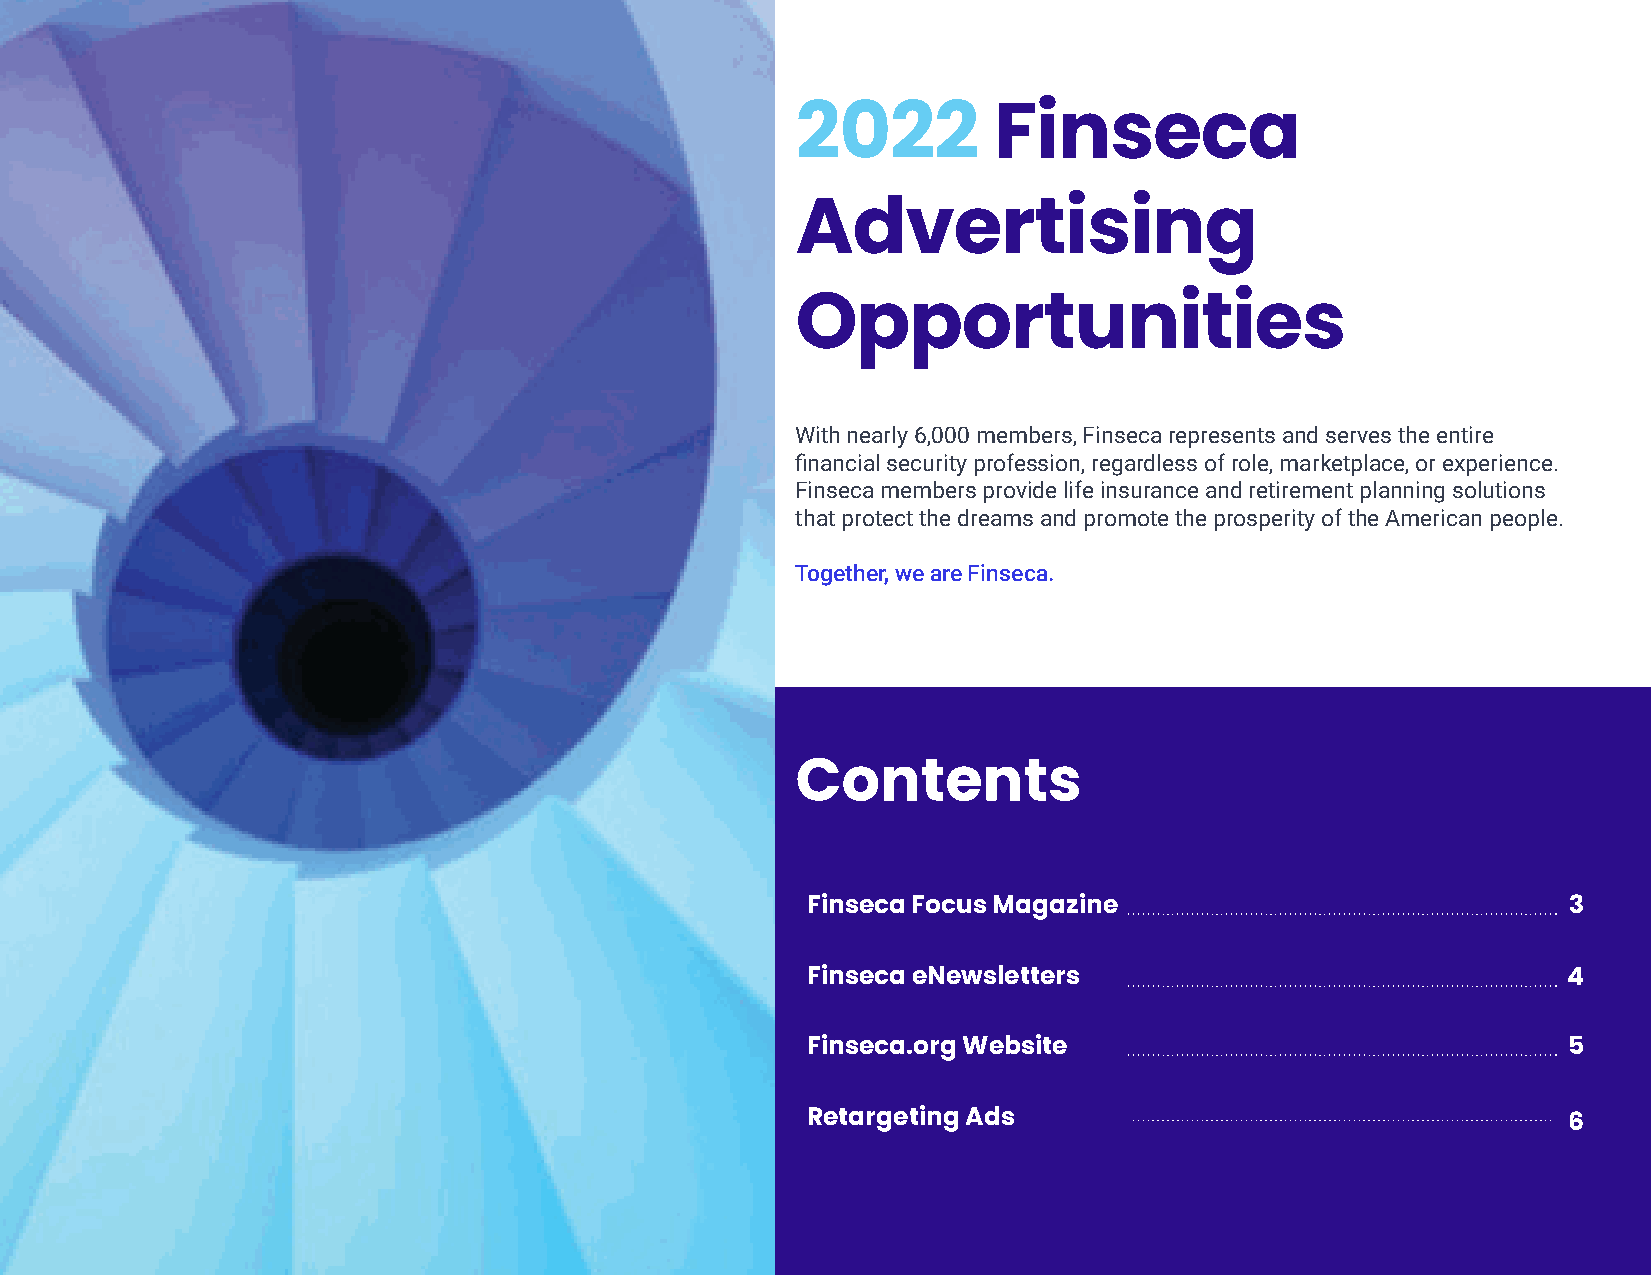
2022         Finseca
 Advertising
 Opportunities
 With nearly 6,000 members, Finseca represents and serves the entire
 financial security profession, regardless of role, marketplace, or experience.
 Finseca members provide life insurance and retirement planning solutions
 that protect the dreams and promote the prosperity of the American people.
 Together, we are Finseca.
 Contents
 Finseca Focus Magazine                             3
 Finseca eNewsletters                               4
 Finseca.org Website                                5
 Retargeting Ads                                    6